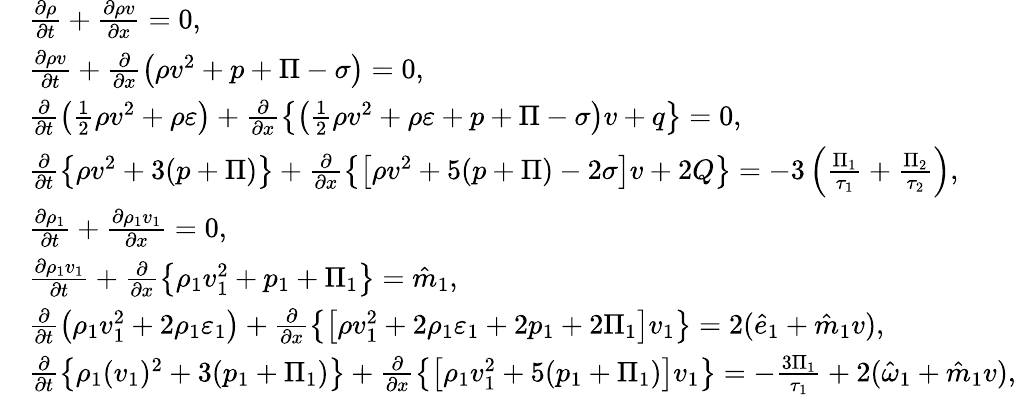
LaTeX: \begin{array}{rl}&{\frac{\partial\rho}{\partial t}+\frac{\partial\rho v}{\partial x}=0,}\\ &{\frac{\partial\rho v}{\partial t}+\frac{\partial}{\partial x}\left(\rho v^{2}+p+\Pi-\sigma\right)=0,}\\ &{\frac{\partial}{\partial t}\left(\frac{1}{2}\rho v^{2}+\rho\varepsilon\right)+\frac{\partial}{\partial x}\left\{ \left(\frac{1}{2}\rho v^{2}+\rho\varepsilon+p+\Pi-\sigma\right)v+q\right\} =0,}\\ &{\frac{\partial}{\partial t}\left\{ \rho v^{2}+3(p+\Pi)\right\} +\frac{\partial}{\partial x}\left\{ \left[\rho v^{2}+5(p+\Pi)-2\sigma\right]v+2Q\right\} =-3\left(\frac{\Pi_{1}}{\tau_{1}}+\frac{\Pi_{2}}{\tau_{2}}\right),}\\ &{\frac{\partial\rho_{1}}{\partial t}+\frac{\partial\rho_{1}v_{1}}{\partial x}=0,}\\ &{\frac{\partial\rho_{1}v_{1}}{\partial t}+\frac{\partial}{\partial x}\left\{ \rho_{1}v_{1}^{2}+p_{1}+\Pi_{1}\right\} =\hat{m}_{1},}\\ &{\frac{\partial}{\partial t}\left(\rho_{1}v_{1}^{2}+2\rho_{1}\varepsilon_{1}\right)+\frac{\partial}{\partial x}\left\{ \left[\rho v_{1}^{2}+2\rho_{1}\varepsilon_{1}+2p_{1}+2\Pi_{1}\right]v_{1}\right\} =2(\hat{e}_{1}+\hat{m}_{1}v),}\\ &{\frac{\partial}{\partial t}\left\{ \rho_{1}(v_{1})^{2}+3(p_{1}+\Pi_{1})\right\} +\frac{\partial}{\partial x}\left\{ \left[\rho_{1}v_{1}^{2}+5(p_{1}+\Pi_{1})\right]v_{1}\right\} =-\frac{3\Pi_{1}}{\tau_{1}}+2(\hat{\omega}_{1}+\hat{m}_{1}v),}\end{array}